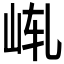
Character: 𪨩